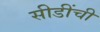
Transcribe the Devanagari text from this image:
सीडींची